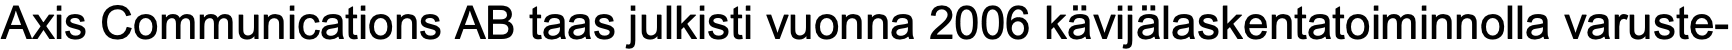
Axis Communications AB taas julkisti vuonna 2006 kävijälaskentatoiminnolla varuste-